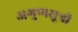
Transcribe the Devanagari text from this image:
अगुणसूत्री